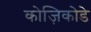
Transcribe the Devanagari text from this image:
कोज़िकोडे